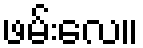
ဖမ်းလေ။